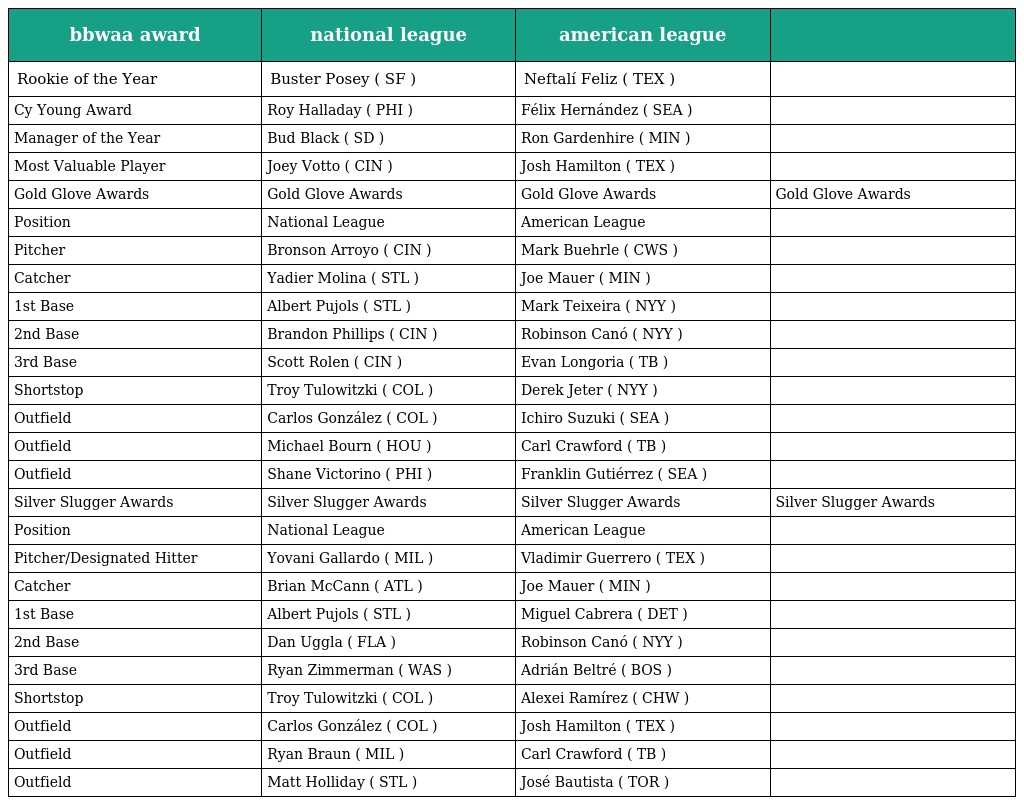
| bbwaa award | national league | american league |  |
 | --- | --- | --- | --- |
 | Rookie of the Year | Buster Posey ( SF ) | Neftalí Feliz ( TEX ) |  |
 | Cy Young Award | Roy Halladay ( PHI ) | Félix Hernández ( SEA ) |  |
 | Manager of the Year | Bud Black ( SD ) | Ron Gardenhire ( MIN ) |  |
 | Most Valuable Player | Joey Votto ( CIN ) | Josh Hamilton ( TEX ) |  |
 | Gold Glove Awards | Gold Glove Awards | Gold Glove Awards | Gold Glove Awards |
 | Position | National League | American League |  |
 | Pitcher | Bronson Arroyo ( CIN ) | Mark Buehrle ( CWS ) |  |
 | Catcher | Yadier Molina ( STL ) | Joe Mauer ( MIN ) |  |
 | 1st Base | Albert Pujols ( STL ) | Mark Teixeira ( NYY ) |  |
 | 2nd Base | Brandon Phillips ( CIN ) | Robinson Canó ( NYY ) |  |
 | 3rd Base | Scott Rolen ( CIN ) | Evan Longoria ( TB ) |  |
 | Shortstop | Troy Tulowitzki ( COL ) | Derek Jeter ( NYY ) |  |
 | Outfield | Carlos González ( COL ) | Ichiro Suzuki ( SEA ) |  |
 | Outfield | Michael Bourn ( HOU ) | Carl Crawford ( TB ) |  |
 | Outfield | Shane Victorino ( PHI ) | Franklin Gutiérrez ( SEA ) |  |
 | Silver Slugger Awards | Silver Slugger Awards | Silver Slugger Awards | Silver Slugger Awards |
 | Position | National League | American League |  |
 | Pitcher/Designated Hitter | Yovani Gallardo ( MIL ) | Vladimir Guerrero ( TEX ) |  |
 | Catcher | Brian McCann ( ATL ) | Joe Mauer ( MIN ) |  |
 | 1st Base | Albert Pujols ( STL ) | Miguel Cabrera ( DET ) |  |
 | 2nd Base | Dan Uggla ( FLA ) | Robinson Canó ( NYY ) |  |
 | 3rd Base | Ryan Zimmerman ( WAS ) | Adrián Beltré ( BOS ) |  |
 | Shortstop | Troy Tulowitzki ( COL ) | Alexei Ramírez ( CHW ) |  |
 | Outfield | Carlos González ( COL ) | Josh Hamilton ( TEX ) |  |
 | Outfield | Ryan Braun ( MIL ) | Carl Crawford ( TB ) |  |
 | Outfield | Matt Holliday ( STL ) | José Bautista ( TOR ) |  |